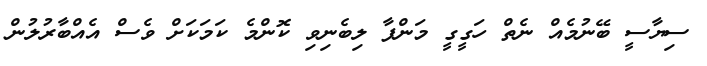
ސިޔާސީ ބޭނުމެއް ނެތް ހަގީގީ މަންފާ ލިބެނިވި ކޮންމެ ކަމަކަށް ވެސް އެއްބާރުލުން